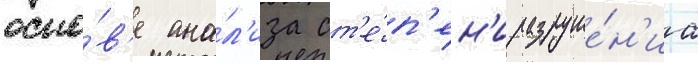
осно́в'е ана́л'иза ст'е́п'ен'и разруше́н'иа